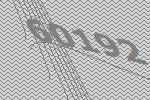
60192